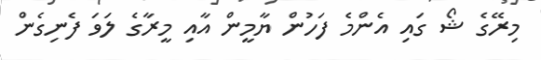
މިރޭގެ ޝޯ ގައި އެންމެ ފަހުން ޔާމީން އާއި މީރާގެ ލަވަ ފެނިގެން